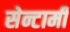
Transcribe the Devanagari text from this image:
सेन्टामी